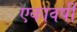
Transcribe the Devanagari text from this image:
एकावर्षी